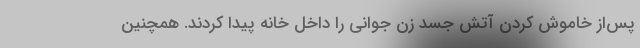
پس‌از خاموش کردن آتش جسد زن جوانی را داخل خانه پیدا کردند. همچنین